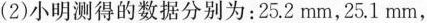
(2)小明测得的数据分别为：25.2mm，25.1mm，